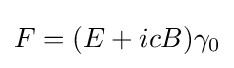
{F}=({E}+ic{B})\gamma _{0}